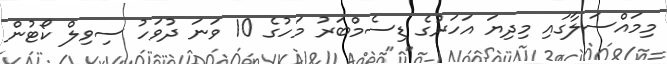
މިމައްސަލާގައި މިދިޔަ އަހަރުގެ ޑިސެމްބަރު މަހުގެ 10 ވަނަ ދުވަހު ސިވިލް ކޯޓުން